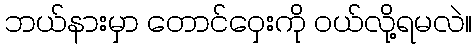
ဘယ်နားမှာ တောင်ဝှေးကို ဝယ်လို့ရမလဲ။